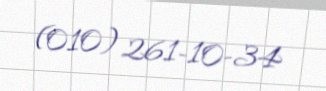
(010) 261-10-34